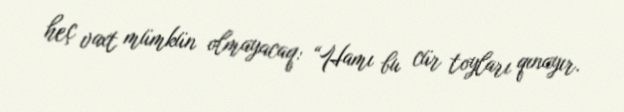
heç vaxt mümkün olmayacaq: “Hamı bu cür toyları qınayır.